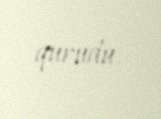
qurudu.